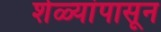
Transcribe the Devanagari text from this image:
शेळ्यांपासून